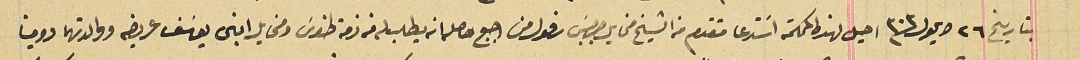
بتاريخ ٢٦ ايلول سنة ٣٠٣ احيل لهذه المحكمة اسَتدعا متقدم من الشيخ مخايل جرجسَ رفول من اجبع حصل انه يطلب له من ذمة طنوسَ ومخايل ابنى يوسَف عريضه ووالدتهما دومينا